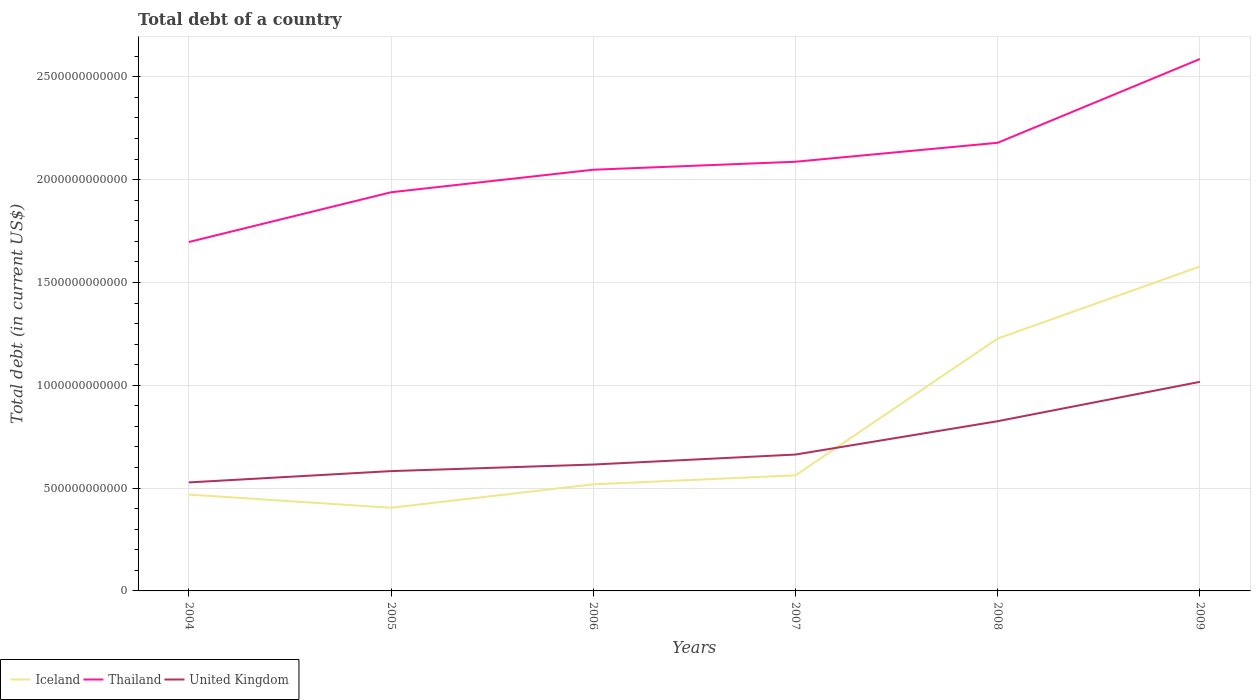
| Years | Iceland | Thailand | United Kingdom |
 | --- | --- | --- | --- |
 | 2004 | 4.69e+11 | 1.7e+12 | 5.28e+11 |
 | 2005 | 4.04e+11 | 1.94e+12 | 5.83e+11 |
 | 2006 | 5.18e+11 | 2.05e+12 | 6.15e+11 |
 | 2007 | 5.62e+11 | 2.09e+12 | 6.63e+11 |
 | 2008 | 1.23e+12 | 2.18e+12 | 8.25e+11 |
 | 2009 | 1.58e+12 | 2.59e+12 | 1.02e+12 |